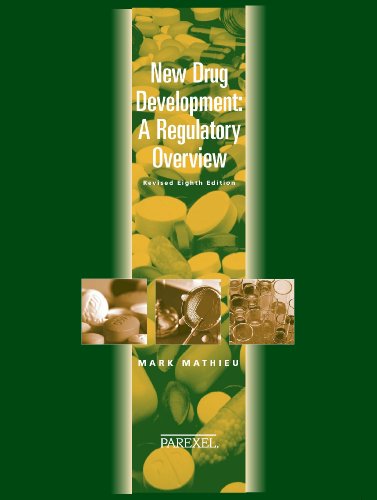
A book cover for New Drug Development: A Regulatory Overview (New Drug Development ( Mathieu)); Mark Mathieu; Medical Books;